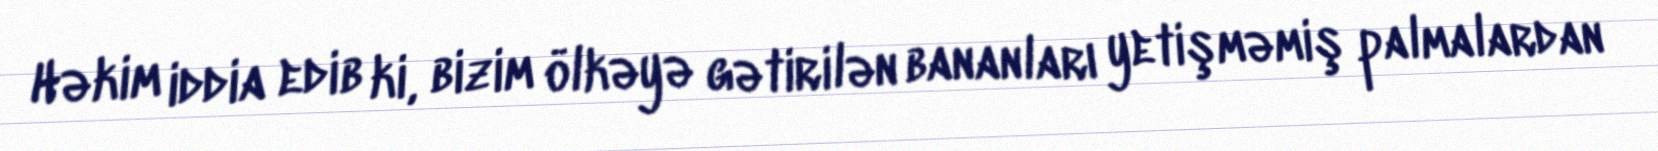
Həkim iddia edib ki, bizim ölkəyə gətirilən bananları yetişməmiş palmalardan